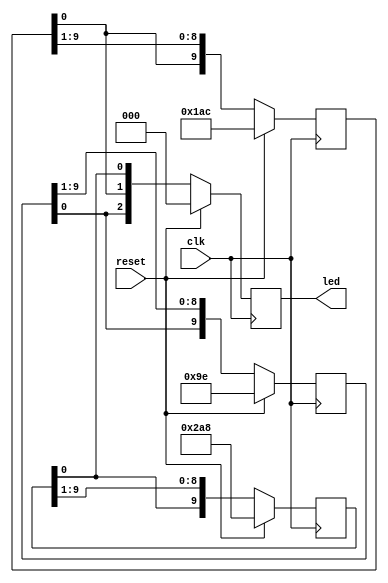
/*
Pedro Augusto Sousa Gonalves - 21.1.4015
Joo Vitor Costa Marcenes Vieira - 21.1.4016
Carolina Morais Araujo - 20.2.4188
*/
module action (clk, reset, led);
    input clk, reset;
    reg [9:0] bar, mosca, azul;
    output reg [2:0] led;

    initial 
        begin
            bar = 10'b0010011110;
            mosca =10'b0110101100;
            azul = 10'b1010101000;
            led = 0;
        end 

    always @(posedge clk) 
        begin
            if(reset) 
                begin
                    led <= 0;
                    bar <= 10'b0010011110;
                    mosca <=10'b0110101100;
                    azul <= 10'b1010101000;
                end
            else
                begin
                    bar <= {bar[0], bar[9:1]};
                    mosca <= {mosca[0], mosca[9:1]};
                    azul <= {azul[0], azul[9:1]};
                    led = {bar[0], mosca[0], azul[0]};
                end

        end
endmodule

module top;
    reg clk, reset;
    wire [2:0] led;

    action act(.clk(clk), .reset(reset), .led(led));

    initial 
        begin
            {clk, reset} = 0;
            #50 reset = 1;
            #3 reset = 0;
            #19 $stop;
        end
    always 
        begin
            #1 clk = ~clk;
        end

    initial
        begin
            $dumpfile("ex.dump");
            $dumpvars(0, top);
            $dumpon;
            $display("Tempo \t clk \t reset \t Bar \t mosca \t azul");
            $monitor("%0d \t %b \t %b \t %b \t %b \t %b", $time, clk, reset, led[2], led[1], led[0]);
        end
    
endmodule